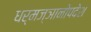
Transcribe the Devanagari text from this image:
धर्मज्ञानोपदेश